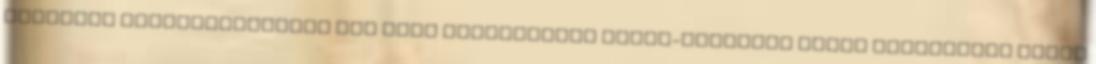
normális parkrendezéshez meg kell semmisíteni Liget-törvényt Újabb rendkívüli ülést